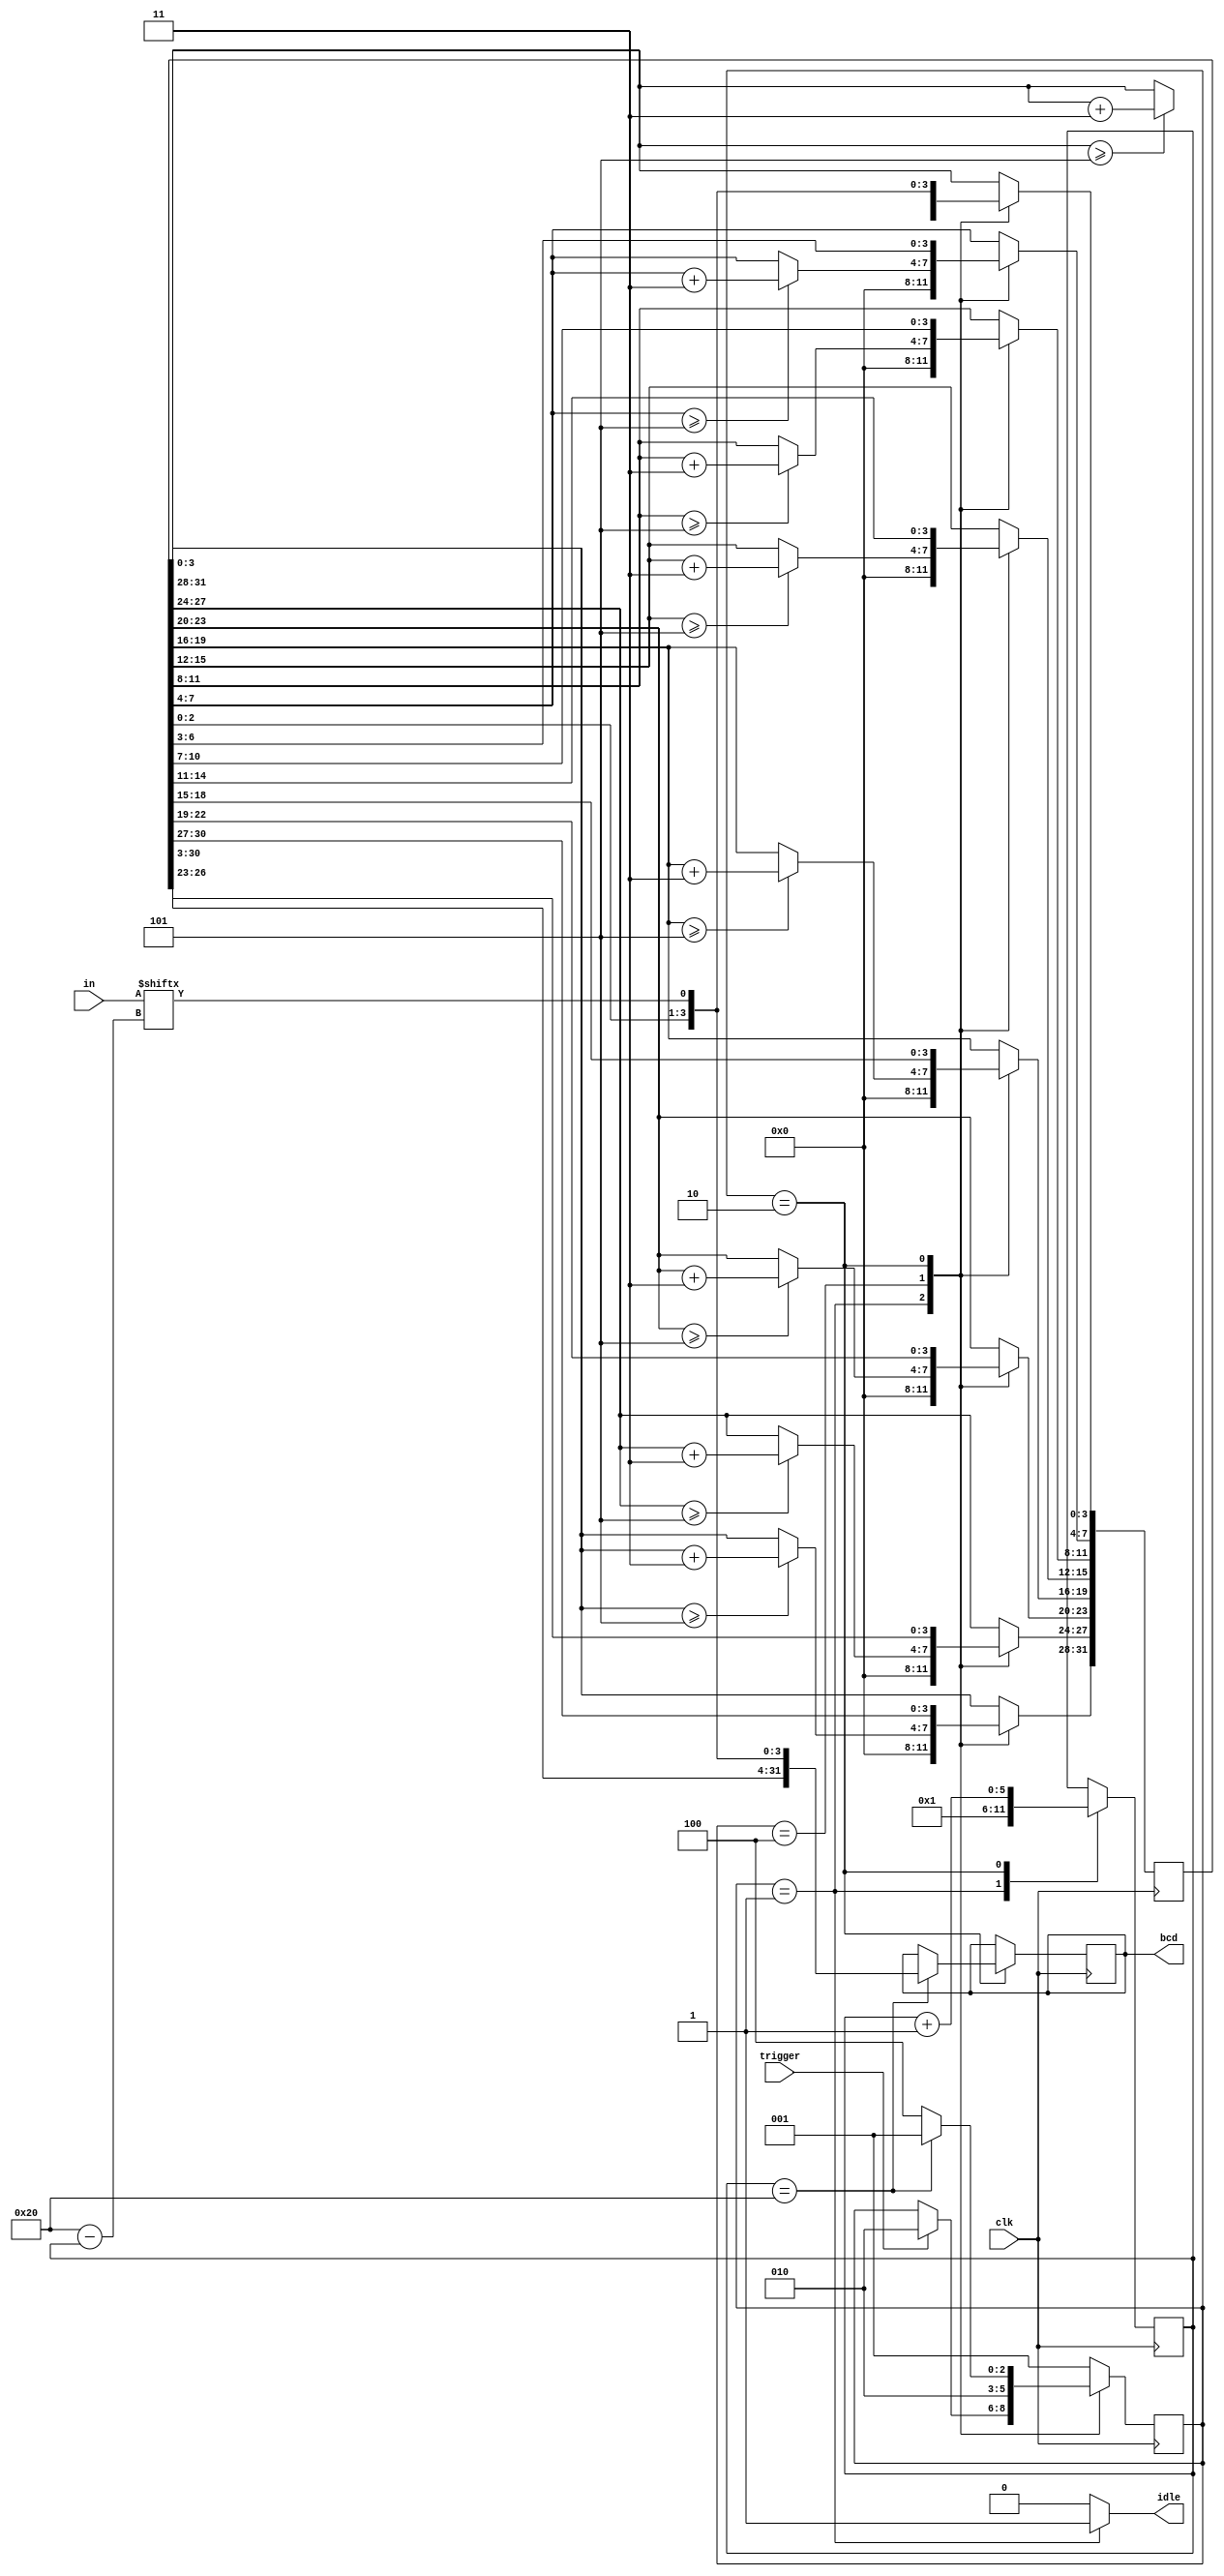
/*
 * unsigned_to_bcd.v
 * 2017/04/18 - Felipe Veas <felipe.veasv [at] usm.cl>
 *
 * Este mdulo es una implementacin del algoritmo double dabble,
 * comienza a convertir un nmero en binario cuando recibe un pulso
 * en su entrada 'trigger'. La salida idle pasa a LOW si el mdulo se
 * encuentra realizando una conversin.
 */

// -- Plantilla de instanciacin
//	unsigned_to_bcd u32_to_bcd_inst (
//		.clk(clk),
//		.trigger(trigger),
//		.in(in),
//		.idle(idle),
//		.bcd(bcd)
//	);

`timescale 1ns / 1ps

module unsigned_to_bcd
(
	input clk,            // Reloj
	input trigger,        // Inicio de conversin
	input [31:0] in,      // Nmero binario de entrada
	output reg idle,      // Si vale 0, indica una conversin en proceso
	output reg [31:0] bcd // Resultado de la conversin
);

	/*
	 * Por "buenas prcticas" parametrizamos las constantes numricas de los estados
	 * del mdulo y evitamos trabajar con nmeros "mgicos" en el resto del cdigo.
	 *
	 * https://en.wikipedia.org/wiki/Magic_number_(programming)
	 * http://stackoverflow.com/questions/47882/what-is-a-magic-number-and-why-is-it-bad
	 */
	localparam S_IDLE  = 'b001;
	localparam S_SHIFT = 'b010;
	localparam S_ADD3  = 'b100;

	reg [2:0] state, state_next; /* Contiene al estado actual y al siguiente */

	reg [31:0] shift, shift_next;
	reg [31:0] bcd_next;

	localparam COUNTER_MAX = 32;
	reg [5:0] counter, counter_next; /* Contador 6 bit para las iteraciones */

	always @(*) begin
		/*
		 * Por defecto, los estados futuros mantienen el estado actual. Esto nos
		 * ayuda a no tener que ir definiendo cada uno de los valores de las seales
		 * en cada estado posible.
		 */
		state_next = state;
		shift_next = shift;
		bcd_next = bcd;
		counter_next = counter;

		idle = 1'b0; /* LOW para todos los estados excepto S_IDLE */

		case (state)
		S_IDLE: begin
			counter_next = 'd1;
			shift_next = 'd0;
			idle = 1'b1;

			if (trigger) begin
				state_next = S_SHIFT;
			end
		end
		S_ADD3: begin
			/*
			 * Sumamos 3 a cada columna de 4 bits si el valor de esta es
			 * mayor o igual a 5
			 */
			if (shift[31:28] >= 5)
				shift_next[31:28] = shift[31:28] + 4'd3;

			if (shift[27:24] >= 5)
				shift_next[27:24] = shift[27:24] + 4'd3;

			if (shift[23:20] >= 5)
				shift_next[23:20] = shift[23:20] + 4'd3;

			if (shift[19:16] >= 5)
				shift_next[19:16] = shift[19:16] + 4'd3;

			if (shift[15:12] >= 5)
				shift_next[15:12] = shift[15:12] + 4'd3;

			if (shift[11:8] >= 5)
				shift_next[11:8] = shift[11:8] + 4'd3;

			if (shift[7:4] >= 5)
				shift_next[7:4] = shift[7:4] + 4'd3;

			if (shift[3:0] >= 5)
				shift_next[3:0] = shift[3:0] + 4'd3;

			state_next = S_SHIFT;
		end
		S_SHIFT: begin
			/* Desplazamos un bit de la entrada en el registro shift */
			shift_next = {shift[30:0], in[COUNTER_MAX - counter_next]};

			/*
			 * Si el contador actual alcanza la cuenta mxima, actualizamos la salida y
			 * terminamos el proceso.
			 */
			if (counter == COUNTER_MAX) begin
				bcd_next = shift_next;
				state_next = S_IDLE;
			end else
				state_next = S_ADD3;

			/* Incrementamos el contador (siguiente) en una unidad */
			counter_next = counter + 'd1;
		end
		default: begin
			state_next = S_IDLE;
		end
		endcase
	end

	always @(posedge clk) begin
		state <= state_next;
		shift <= shift_next;
		bcd <= bcd_next;
		counter <= counter_next;
	end

endmodule